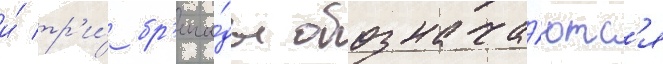
и́ тр'и́ бр'ига́ды обознача́ютс'я